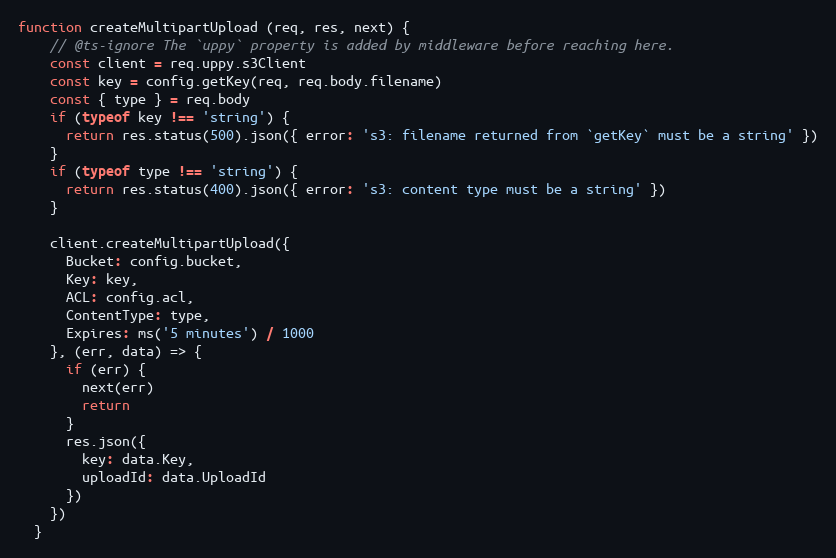
Language: JavaScript
function createMultipartUpload (req, res, next) {
    // @ts-ignore The `uppy` property is added by middleware before reaching here.
    const client = req.uppy.s3Client
    const key = config.getKey(req, req.body.filename)
    const { type } = req.body
    if (typeof key !== 'string') {
      return res.status(500).json({ error: 's3: filename returned from `getKey` must be a string' })
    }
    if (typeof type !== 'string') {
      return res.status(400).json({ error: 's3: content type must be a string' })
    }

    client.createMultipartUpload({
      Bucket: config.bucket,
      Key: key,
      ACL: config.acl,
      ContentType: type,
      Expires: ms('5 minutes') / 1000
    }, (err, data) => {
      if (err) {
        next(err)
        return
      }
      res.json({
        key: data.Key,
        uploadId: data.UploadId
      })
    })
  }